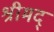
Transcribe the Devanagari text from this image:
श्रीमद्‍